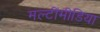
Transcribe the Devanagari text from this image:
मल्टींमीडिया